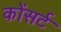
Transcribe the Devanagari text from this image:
कोंसर्ट